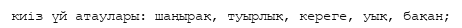
киіз үй атаулары: шаңырақ, туырлық, кереге, уық, бақан;